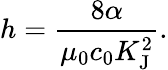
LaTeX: h={\frac{8\alpha}{\mu_{0}c_{0}K_{\mathrm{{J}}}^{2}}}.